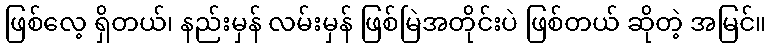
ဖြစ်လေ့ ရှိတယ်၊ နည်းမှန် လမ်းမှန် ဖြစ်မြဲအတိုင်းပဲ ဖြစ်တယ် ဆိုတဲ့ အမြင်။